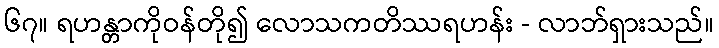
၆၇။ ရဟန္တာကိုဝန်တို၍ လောသကတိဿရဟန်း - လာဘ်ရှားသည်။